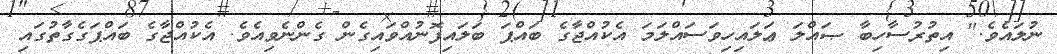
ނުލައެވެ." އިތުރުސާހިބާ ޞައްލަ ޢަލައިހިވަސައްލަމަ އެކުއްޖާގެ ބައްޕަ ބަލައިފޮނުއްވައިގެން ގެންނެވިއެވެ. އެކުއްޖާގެ ބައްޕަގެގާތުގައި